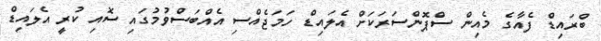
ބްރައިޑް ފެއާގެ މެއިން ސްޕޮންސަރަކަށް އެލައިޑް ހަމަޖެއްސި އެއްބަސްވުމުގައި ސޮއި ކުރީ އެލައިޑް